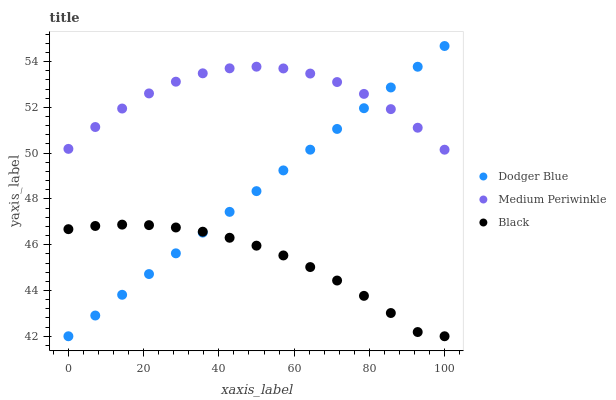
| xaxis_label | Dodger Blue | Medium Periwinkle | Black |
 | --- | --- | --- | --- |
 | 0 | 42 | 50.2 | 46.7 |
 | 7.14 | 42.9 | 51.1 | 46.8 |
 | 14.3 | 43.8 | 51.9 | 46.9 |
 | 21.4 | 44.7 | 52.6 | 46.9 |
 | 28.6 | 45.6 | 53.1 | 46.8 |
 | 35.7 | 46.5 | 53.5 | 46.6 |
 | 42.9 | 47.4 | 53.7 | 46.3 |
 | 50 | 48.3 | 53.8 | 46 |
 | 57.1 | 49.2 | 53.7 | 45.5 |
 | 64.3 | 50.2 | 53.5 | 45 |
 | 71.4 | 51.1 | 53.1 | 44.4 |
 | 78.6 | 52 | 52.6 | 43.8 |
 | 85.7 | 52.9 | 51.9 | 43 |
 | 92.9 | 53.8 | 51.1 | 42.2 |
 | 100 | 54.7 | 50.2 | 42 |